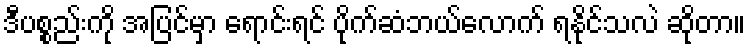
ဒီပစ္စည်းကို အပြင်မှာ ရောင်းရင် ပိုက်ဆံဘယ်လောက် ရနိုင်သလဲ ဆိုတာ။